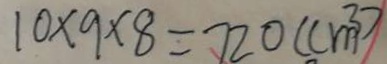
1 0 \times 9 \times 8 = 7 2 0 ( c m ^ { 3 } )